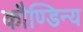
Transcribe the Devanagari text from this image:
कौण्डिन्य